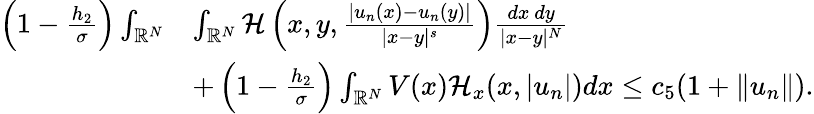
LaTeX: \begin{array}{rl}{\left(1-\frac{h_{2}}{\sigma}\right)\int_{{\mathbb R}^{N}}}&{\int_{{\mathbb R}^{N}}\mathcal{H}\left(x,y,\frac{|u_{n}(x)-u_{n}(y)|}{|x-y|^{s}}\right)\frac{dx\ dy}{|x-y|^{N}}}\\ &{+\left(1-\frac{h_{2}}{\sigma}\right)\int_{{\mathbb R}^{N}}V(x)\mathcal{H}_{x}(x,|u_{n}|)dx\leq c_{5}(1+\| u_{n}\| ).}\end{array}